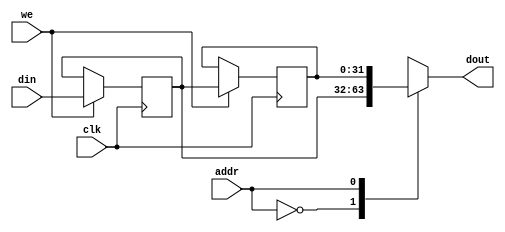
`timescale 1 ns / 1 ps

module kernel3_fifo_w32_d2_S_ShiftReg
#(parameter
    DATA_WIDTH  = 32,
    ADDR_WIDTH  = 1,
    DEPTH       = 2)
(
    input  wire                  clk,
    input  wire                  we,
    input  wire [ADDR_WIDTH-1:0] addr,
    input  wire [DATA_WIDTH-1:0] din,
    output wire [DATA_WIDTH-1:0] dout
);
reg [DATA_WIDTH-1:0] SRL_SIG [0:DEPTH-1];
integer i;
always @ (posedge clk) begin
    if (we) begin
        for (i=0; i<DEPTH-1; i=i+1)
            SRL_SIG[i+1] <= SRL_SIG[i];
        SRL_SIG[0] <= din;
    end
end
assign dout = SRL_SIG[addr];
endmodule